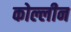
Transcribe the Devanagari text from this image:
कोल्लीन